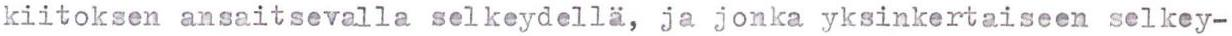
kiitoksen ansaitsevalla selkeydellä, ja jonka yksinkertaiseen selkey-